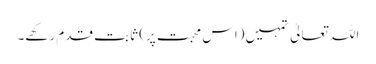
اللہ تعالیٰ تمہیں (اس محبت پر) ثابت قدم رکھے۔